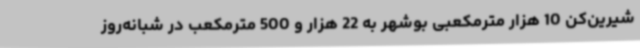
شیرین‌کن 10 هزار مترمکعبی بوشهر به 22 هزار و 500 مترمکعب در شبانه‌روز